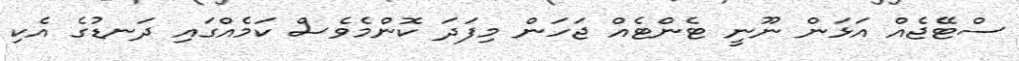
ސްޓޭޖެއް އަޅަން ނޫނީ ޓެންޓެއް ޖަހަން މިފަދަ ކޮންމެވެސް ކަމެއްގައި ދަނޑުގެ އެކި